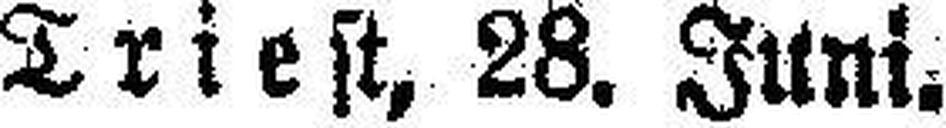
Triest, 28. Juni.